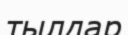
тылдар